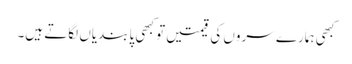
کبھی ہمارے سروں کی قیمتیں تو کبھی پابندیاں لگاتے ہیں۔